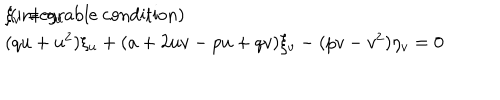
\begin{array} { l } { { \xi _ { v } = \eta _ { u } \hspace { 1 c m } \mathrm { ~ ( i n t e g r a b l e ~ c o n d i t i o n ) } } } \\ { { ( q u + u ^ { 2 } ) \xi _ { u } + ( a + 2 u v - p u + q v ) \xi _ { v } - ( p v - v ^ { 2 } ) \eta _ { v } = 0 } } \\ \end{array}